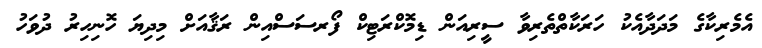
އެމެރިކާގެ މަދަދާއެކު ހަރަކާތްތެރިވާ ސީރިއަން ޑިމޮކްރަޓިކް ފޯރސަސްއިން ރަޤާއަށް މިދިޔަ ހޮނިހިރު ދުވަހު